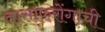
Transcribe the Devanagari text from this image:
तासाफरोंगाची